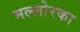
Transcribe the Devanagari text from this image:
मल्लोरका